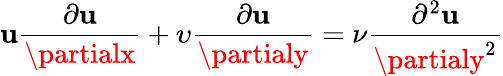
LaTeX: \mathbf{u}{\frac{{\partial\mathbf{u}}}{{\partialx}}}+\upsilon{\frac{{\partial\mathbf{u}}}{{\partialy}}}={\nu}{\frac{{\partial^{2}\mathbf{u}}}{{\partialy^{2}}}}